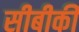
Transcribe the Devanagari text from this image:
सीबीकी